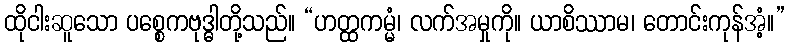
ထိုငါးဆူသော ပစ္စေကဗုဒ္ဓါတို့သည်။ “ဟတ္ထကမ္မံ၊ လက်အမှုကို။ ယာစိဿာမ၊ တောင်းကုန်အံ့။”